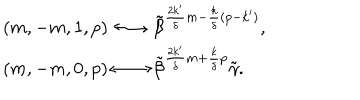
\begin{array} { l } { { ( m , - m , 1 , p ) \longleftrightarrow \tilde { \beta } ^ { \frac { 2 k ^ { \prime } } { \delta } m - \frac { k } { \delta } ( p - k ^ { \prime } ) } , } } \\ { { ( m , - m , 0 , p ) \longleftrightarrow \tilde { \beta } ^ { \frac { 2 k ^ { \prime } } { \delta } m + \frac { k } { \delta } p } \tilde { \gamma } . } } \\ \end{array}